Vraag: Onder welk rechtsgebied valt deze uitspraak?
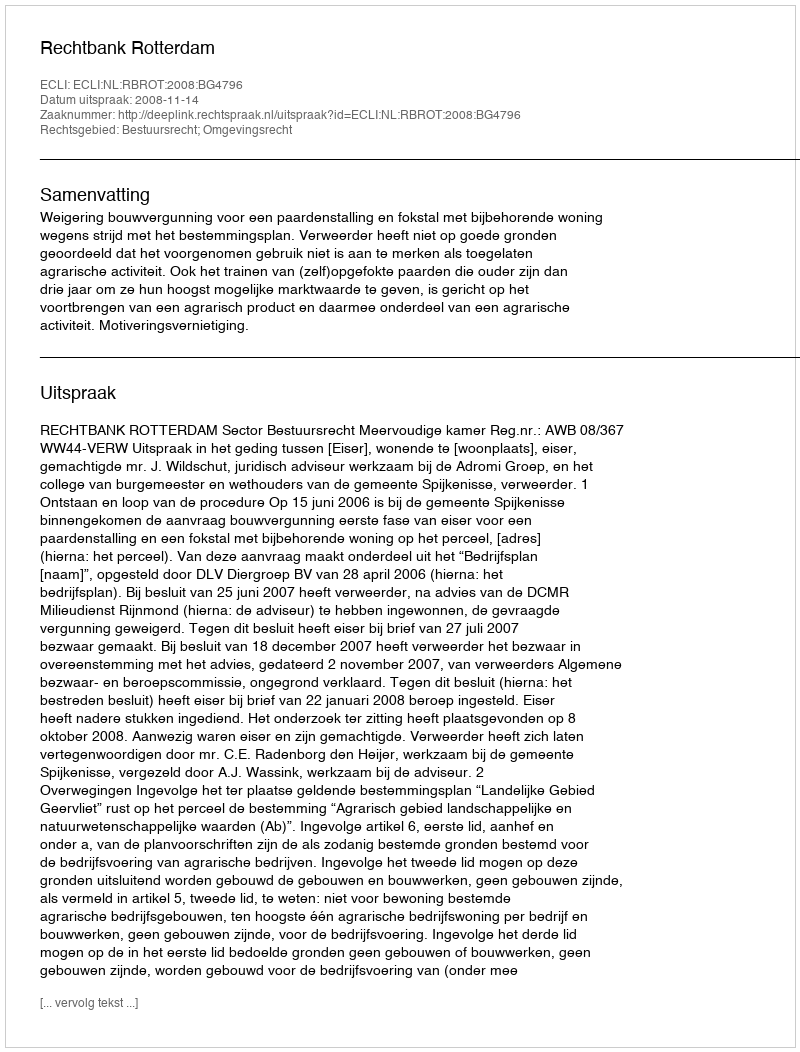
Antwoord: Bestuursrecht; Omgevingsrecht